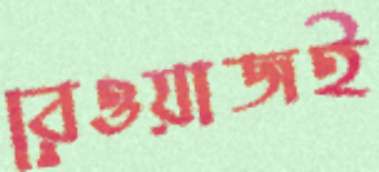
রেওয়াজই